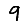
Digit: 9